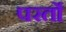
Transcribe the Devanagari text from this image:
परर्तो